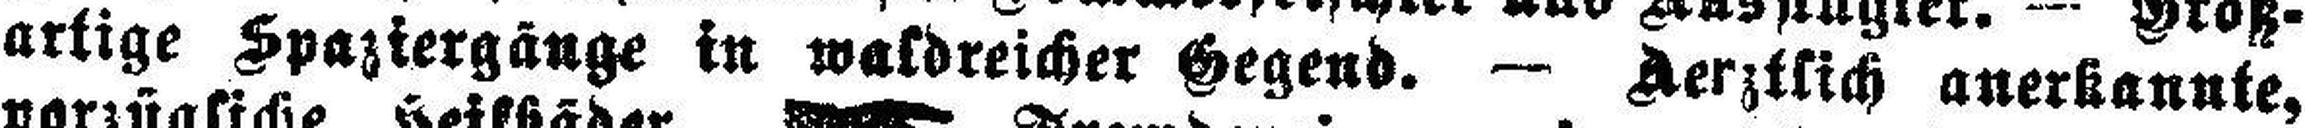
artige Spaztergänge in waldreicher Gegend. — Aerztsich anerkannte,